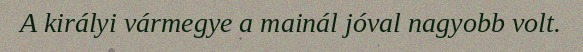
A királyi vármegye a mainál jóval nagyobb volt.